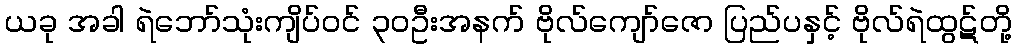
ယခု အခါ ရဲဘော်သုံးကျိပ်ဝင် ၃၀ဦးအနက် ဗိုလ်ကျော်ဇော ပြည်ပနှင့် ဗိုလ်ရဲထွဋ်တို့